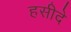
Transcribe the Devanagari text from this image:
हसीदे